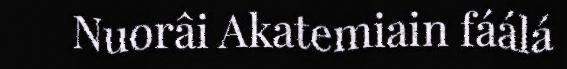
Nuorâi Akatemiain fáálá